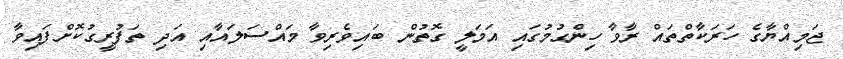
ޖަމިއްޔާގެ ހަރަކާތްތައް ރާވާ ހިންގުމުގައި އަމަލީ ގޮތުން ބައިވެރިވާ މައްސަލައާއި އަދި ތަފުރީގުކޮށްފައިވާ